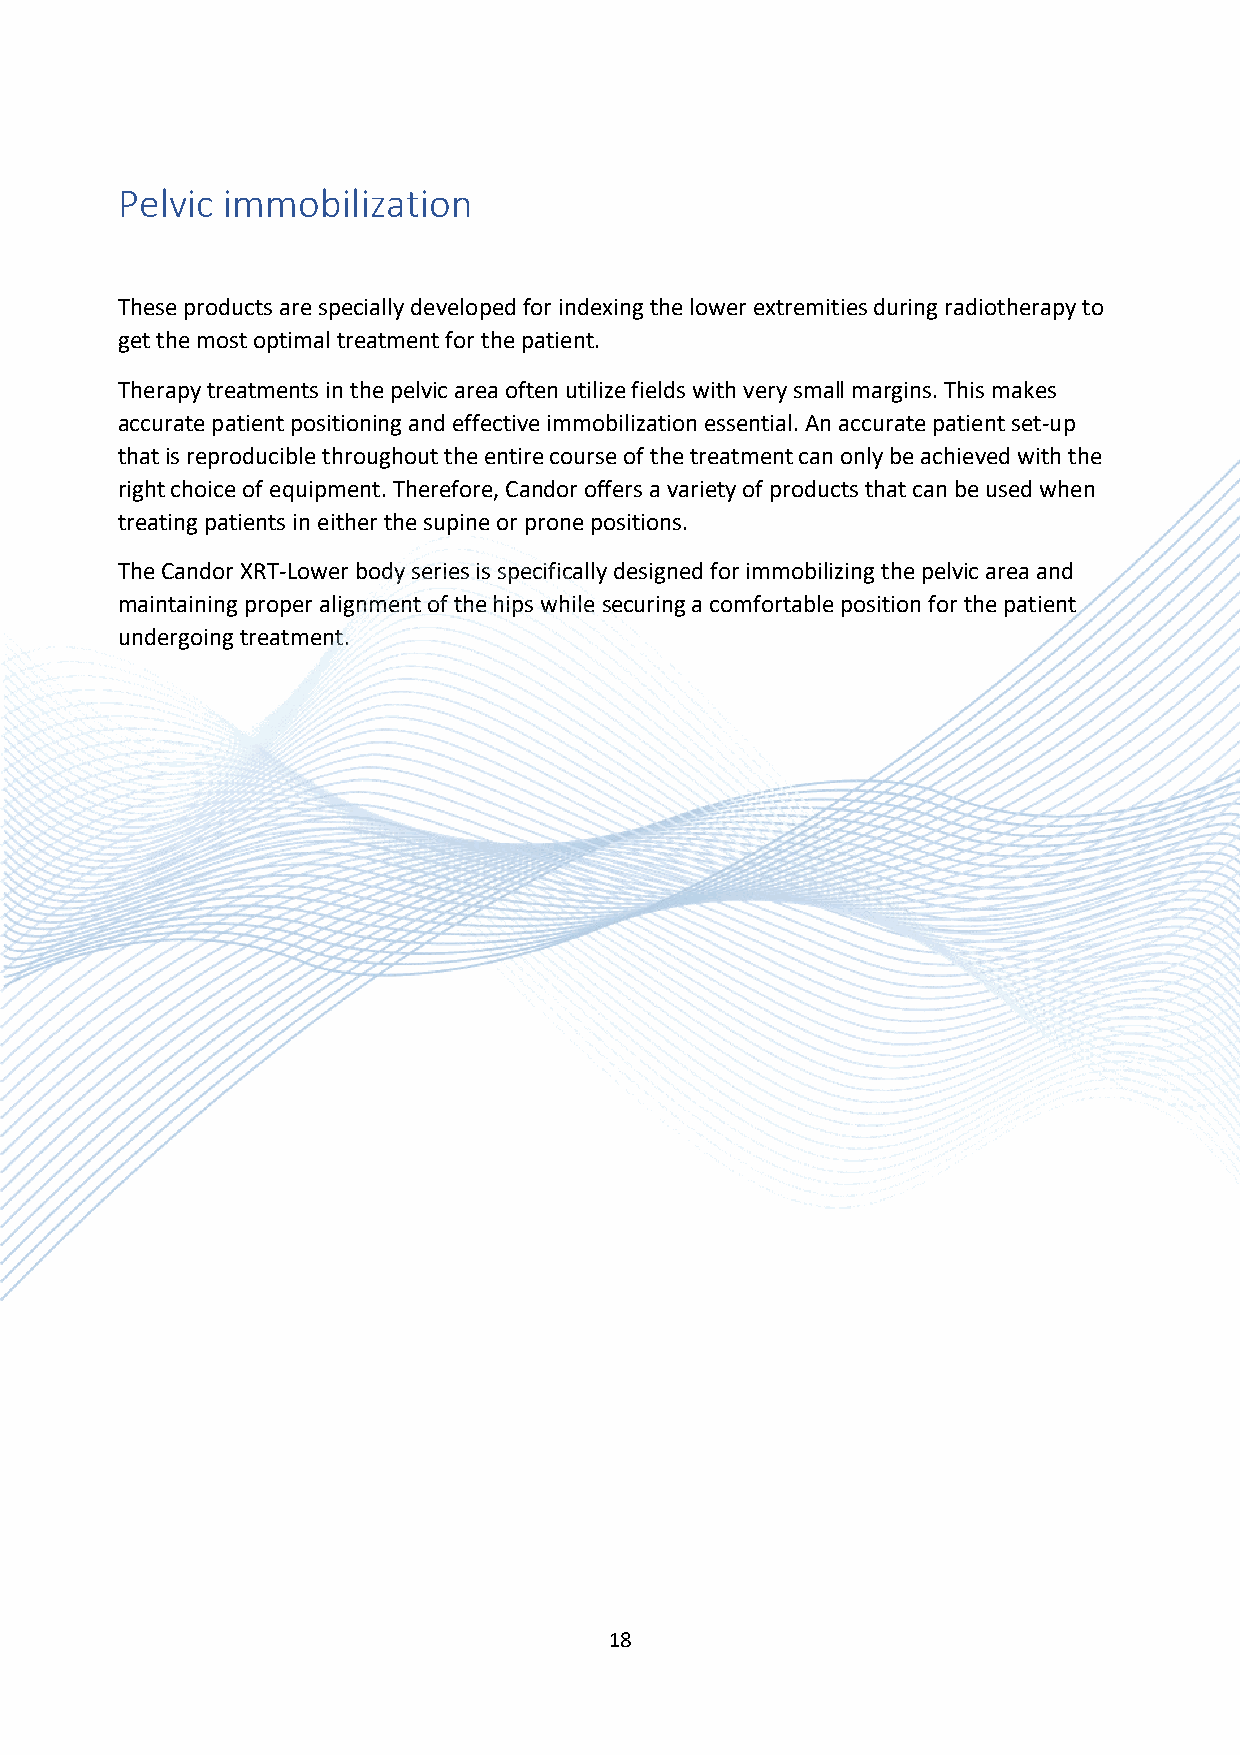
Pelvic immobilization
 These products are specially developed for indexing the lower extremities during radiotherapy to
 get the most optimal treatment for the patient.
 Therapy treatments in the pelvic area often utilize fields with very small margins. This makes
 accurate patient positioning and effective immobilization essential. An accurate patient set-up
 that is reproducible throughout the entire course of the treatment can only be achieved with the
 right choice of equipment. Therefore, Candor offers a variety of products that can be used when
 treating patients in either the supine or prone positions.
 The Candor XRT-Lower body series is specifically designed for immobilizing the pelvic area and
 maintaining proper alignment of the hips while securing a comfortable position for the patient
 undergoing treatment.
 18